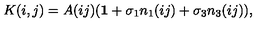
K ( i , j ) = A ( i j ) ( { \bf 1 } + \sigma _ { 1 } n _ { 1 } ( i j ) + \sigma _ { 3 } n _ { 3 } ( i j ) ) ,